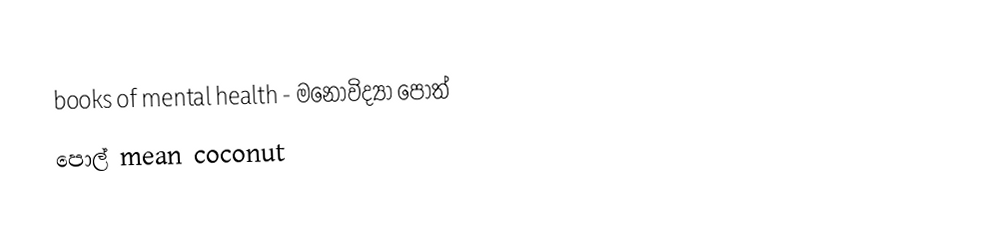
books of mental health - මනෝවිද්‍යා පොත්
පොල් mean coconut